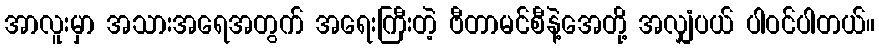
အာလူးမှာ အသားအရေအတွက် အရေးကြီးတဲ့ ဗီတာမင်စီနဲ့အေတို့ အလျှံပယ် ပါဝင်ပါတယ်။